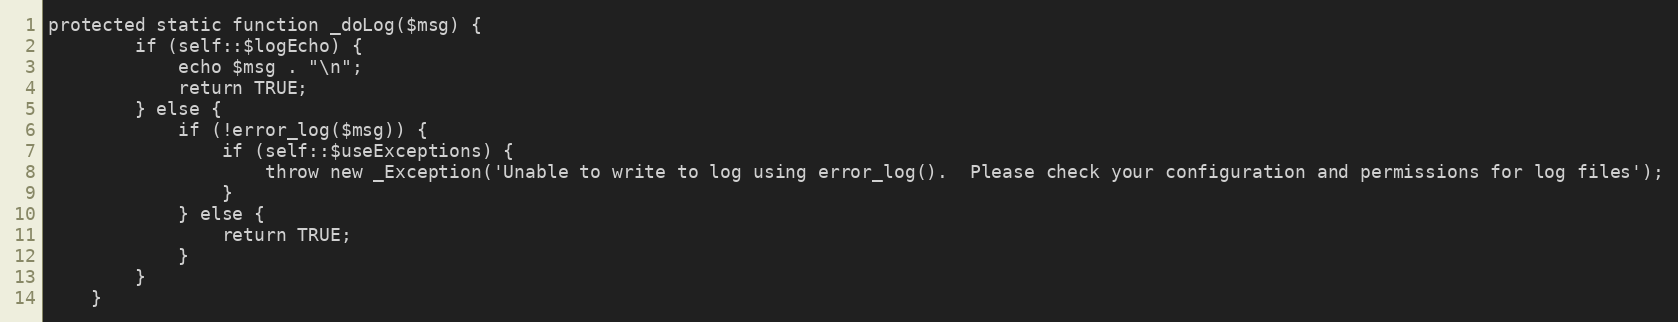
Language: PHP
protected static function _doLog($msg) {
        if (self::$logEcho) {
            echo $msg . "\n";
            return TRUE;
        } else {
            if (!error_log($msg)) {
                if (self::$useExceptions) {
                    throw new _Exception('Unable to write to log using error_log().  Please check your configuration and permissions for log files');
                }
            } else {
                return TRUE;
            }
        }
    }